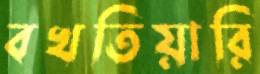
বখতিয়ারি